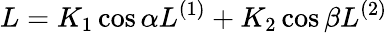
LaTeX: L=K_{1}\cos\alpha L^{(1)}+K_{2}\cos\beta L^{(2)}